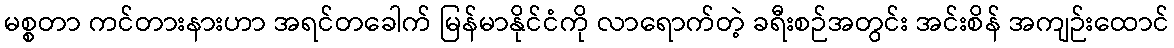
မစ္စတာ ကင်တားနားဟာ အရင်တခေါက် မြန်မာနိုင်ငံကို လာရောက်တဲ့ ခရီးစဉ်အတွင်း အင်းစိန် အကျဉ်းထောင်